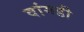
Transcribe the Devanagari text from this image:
वांगडी